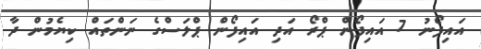
އައިފޯނު 7 އައިފޯން ޕްރޯ އަދި އައިފޯން ޕްލަސްގެ ނަންތައް ކިޔެމުން ދާ